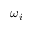
\omega _ { i }